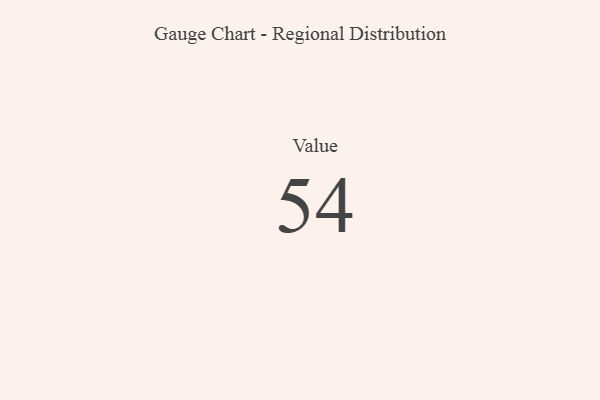
{"axis": {"x": "Metric", "y": "Value"}, "legend": [""], "data": [{"x": "Value", "y": 54, "type": ""}]}